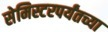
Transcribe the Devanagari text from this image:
सेमिस्टरपर्यंतच्या